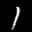
Label: 1